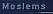
molems